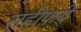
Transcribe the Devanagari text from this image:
सहीफ़ये